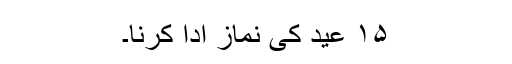
۱۵ عید کی نماز ادا کرنا۔